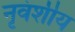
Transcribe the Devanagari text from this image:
नृवंशीय